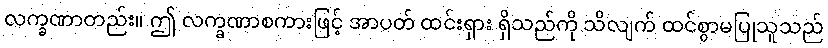
လက္ခဏာတည်း။ ဤ လက္ခဏာစကားဖြင့် အာပတ် ထင်းရှား ရှိသည်ကို သိလျက် ထင်စွာမပြုသူသည်